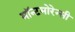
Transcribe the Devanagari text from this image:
मॉन्टमोरेन्सी